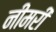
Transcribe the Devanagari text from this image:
नीमरी